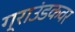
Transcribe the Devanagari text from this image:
ग्राउंडकवर